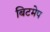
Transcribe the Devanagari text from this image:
बिटमेप